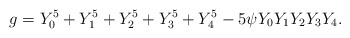
\begin{align*}g = Y_0^5 + Y_1^5 + Y_2^5 + Y_3^5 + Y_4^5 - 5 \psi Y_0 Y_1 Y_2 Y_3 Y_4.\end{align*}